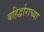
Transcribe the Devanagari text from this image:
बहिर्द्वाराच्या